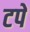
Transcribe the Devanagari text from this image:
टपे